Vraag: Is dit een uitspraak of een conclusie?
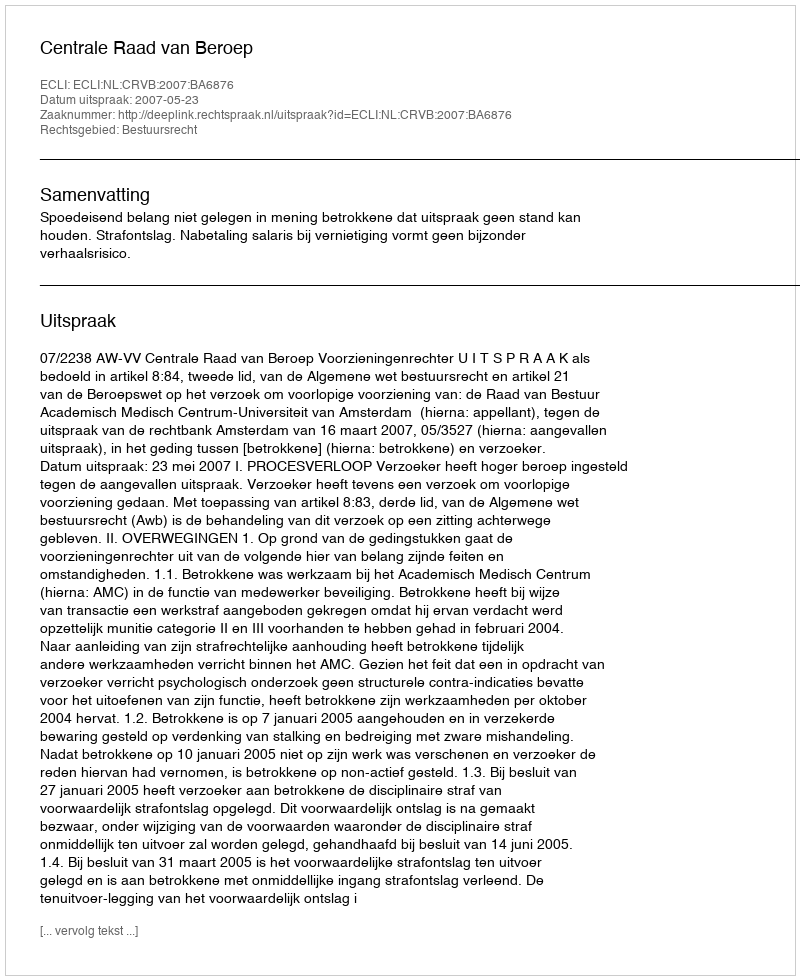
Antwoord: Uitspraak